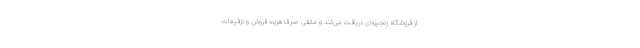
از فروشگاه زنجیره‌ای دریافت می‌کند و مابقی صرف هزینه فروش و ترفیعات